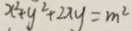
x ^ { 2 } + y ^ { 2 } + 2 x y = m ^ { 2 }